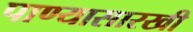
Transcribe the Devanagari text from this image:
पाण्यासारखी